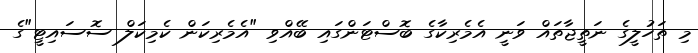
މި ތަހުލީގެ ނަތީޖާތައް ވަނީ އެމެރިކާގެ ބޮސްޓަންގައި ބޭއްވި "އެމެރިކަން ކެމިކަލް ސޮސައިޓީ"ގެ